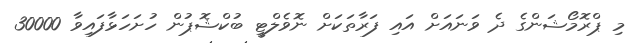
މި ޕްރޮމޯޝަންގެ ދެ ވަނައަށް އައި ފަރާތަކަށް ނޮވެލްޓީ ބުކްޝޮޕުން ހުށަހަޅާފައިވާ 30000